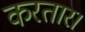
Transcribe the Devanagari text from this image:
करतार।